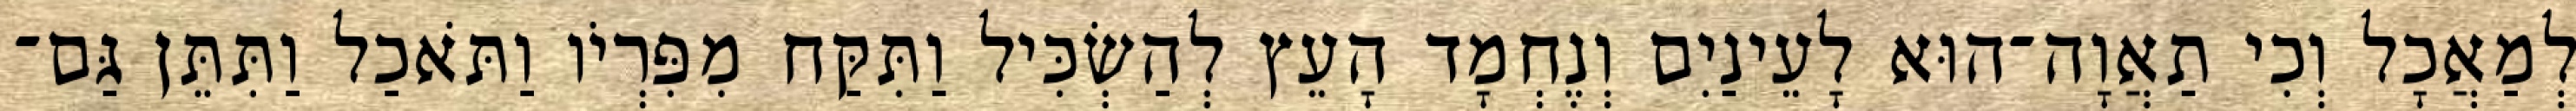
לְמַאֲכָל וְכִי תַאֲוָה־הוּא לָעֵינַיִם וְנֶחְמָד הָעֵץ לְהַשְׂכִּיל וַתִּקַּח מִפִּרְיֹו וַתֹּאכַל וַתִּתֵּן גַּם־